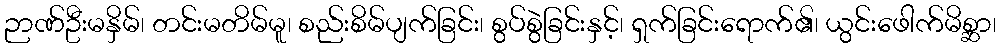
ဉာဏ်ဦးမနှိမ်၊ တင်းမတိမ်မူ၊ စည်းစိမ်ပျက်ခြင်း၊ စွပ်စွဲခြင်းနှင့်၊ ရှက်ခြင်းရောက်၏၊ ယွင်းဖေါက်မိစ္ဆာ၊